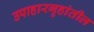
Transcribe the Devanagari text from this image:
उपाहारगृहांतील